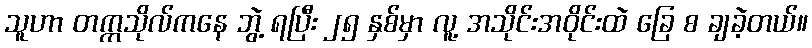
သူဟာ တက္ကသိုလ်ကနေ ဘွဲ့ ရပြီး ၂၅ နှစ်မှာ လူ့ အသိုင်းအဝိုင်းထဲ ခြေ စ ချခဲ့တယ်။